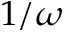
1 / \omega